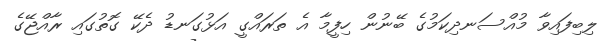
ލިބިފައިވާ މުއްސަނދިކަމުގެ ބޭނުން ހިފީމާ އެ ތަރައްގީ އަޅުގަނޑު ދެކޭ ގޮތުގައި ރާއްޖޭގެ